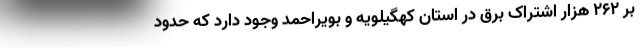
بر ۲۶۲ هزار اشتراک برق در استان کهگیلویه و بویراحمد وجود دارد که حدود